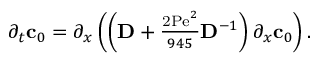
\begin{array} { r } { \partial _ { t } \mathbf { c } _ { 0 } = \partial _ { x } \left( \left( \mathbf { D } + \frac { \mathrm { 2 P e } ^ { 2 } } { 9 4 5 } \mathbf { D } ^ { - 1 } \right) \partial _ { x } \mathbf { c } _ { 0 } \right) . } \end{array}